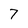
Character: 7